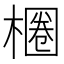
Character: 𣙢